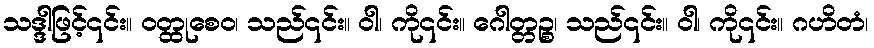
သဒ္ဒါဖြင့်၎င်း။ ဝတ္ထုစေဝ၊ သည်၎င်း။ ဝါ၊ ကို၎င်း။ ဂေါတ္တဉ္စ၊ သည်၎င်း။ ဝါ၊ ကို၎င်း။ ဂဟိတံ၊